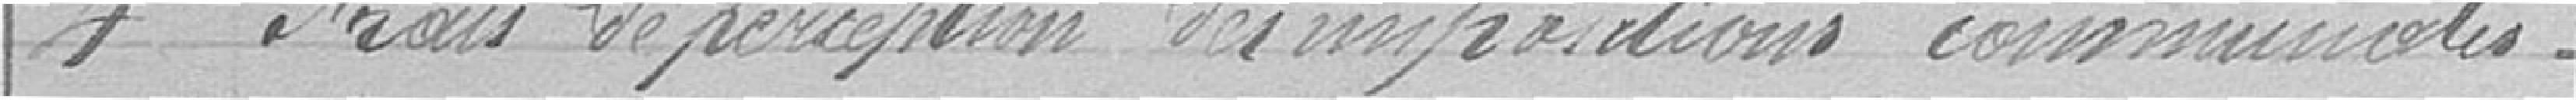
4 Frais de perception des importations communales